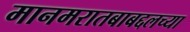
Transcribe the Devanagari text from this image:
मानमरातबाबद्दलच्या